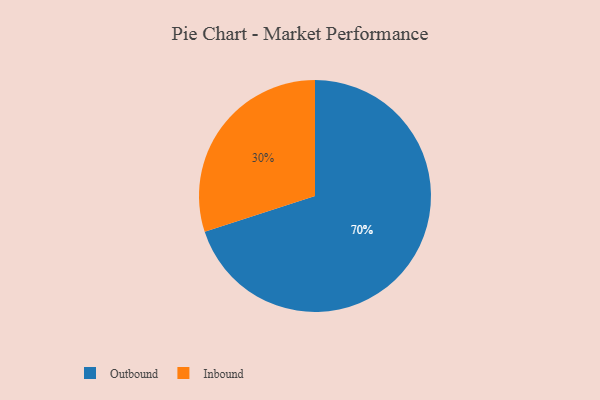
{"axis": {"x": "Category", "y": "Percentage"}, "legend": ["Inbound", "Outbound"], "data": [{"x": "Inbound", "y": 30, "type": "Inbound"}, {"x": "Outbound", "y": 70, "type": "Outbound"}]}